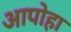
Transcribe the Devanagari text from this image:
आपोहा